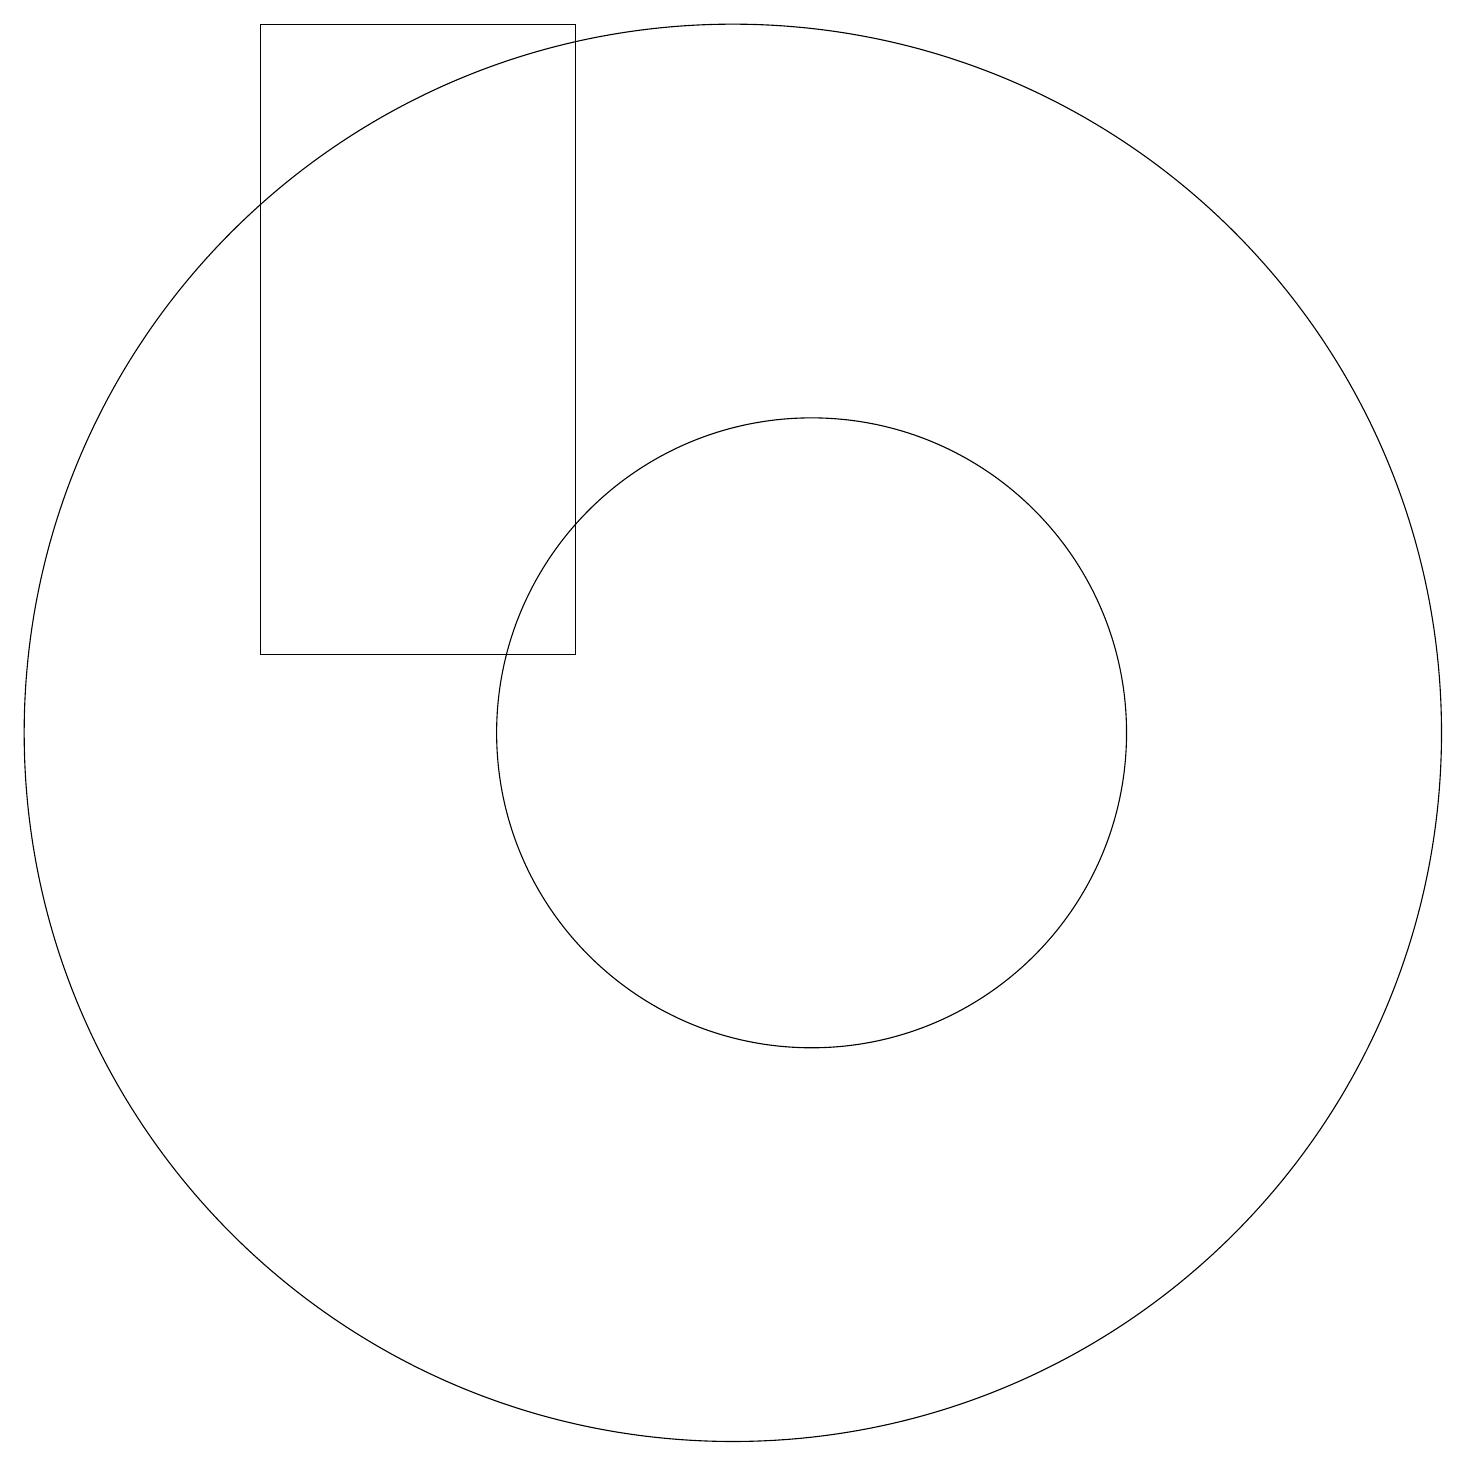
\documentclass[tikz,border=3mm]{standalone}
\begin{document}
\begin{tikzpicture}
\draw (10,10) circle (9);
\draw (11,10) circle (4);
\draw (8,11) rectangle (4,19);
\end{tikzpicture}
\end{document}